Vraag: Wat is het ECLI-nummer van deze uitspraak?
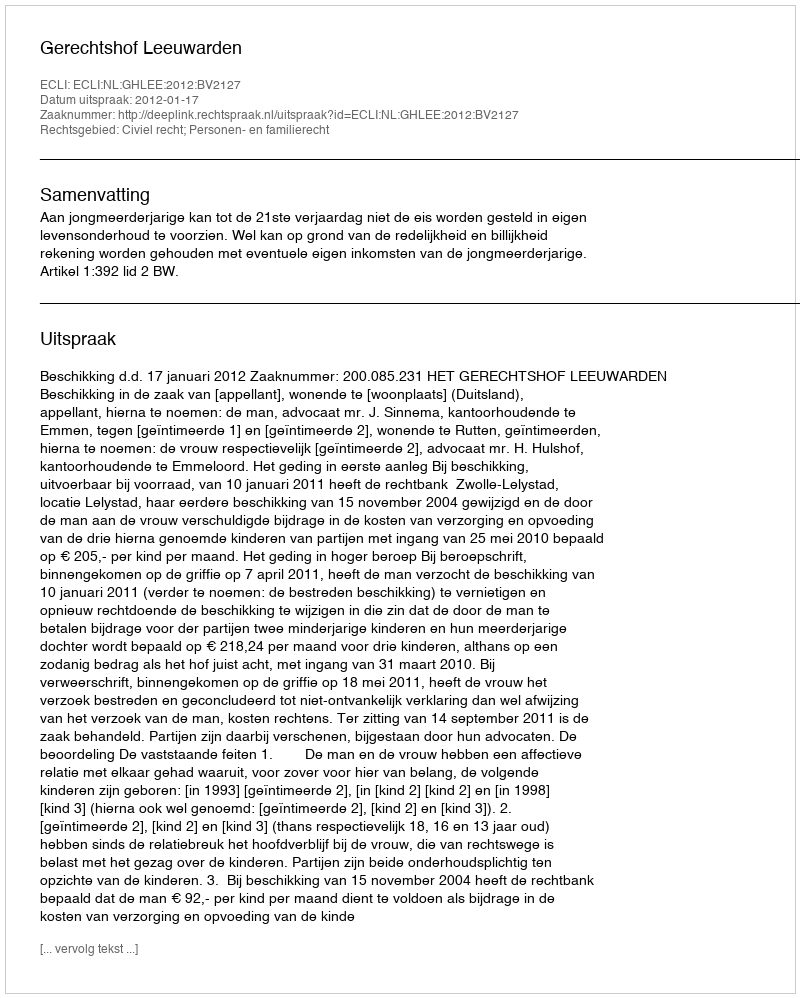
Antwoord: ECLI:NL:GHLEE:2012:BV2127